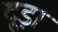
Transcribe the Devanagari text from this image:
दूड़ा